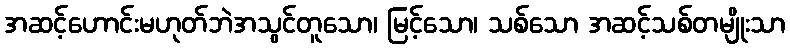
အဆင့်ဟောင်းမဟုတ်ဘဲအသွင်တူသော၊ မြင့်သော၊ သစ်သော အဆင့်သစ်တမျိုးသာ